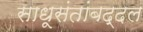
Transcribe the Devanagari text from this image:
साधूसंतांबद्दल